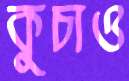
কুচাও